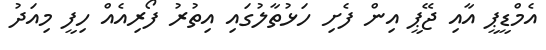
އެމްޑީޕީ އާއި ޖޭޕީ އިން ފެށި ހަޅުތާލުގައި އިތުރު ފޯރިއެއް ހިފީ މިއަދު